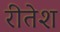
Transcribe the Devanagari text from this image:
रीतेश